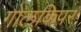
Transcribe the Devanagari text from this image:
गोलकिपर